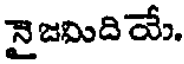
నై జమిది యే.